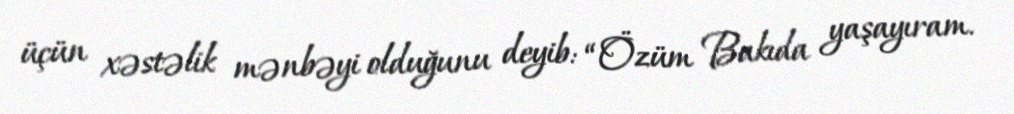
üçün xəstəlik mənbəyi olduğunu deyib: “Özüm Bakıda yaşayıram.